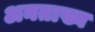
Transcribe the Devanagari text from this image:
अनताख्य